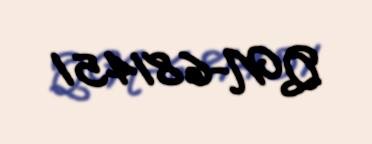
QN-681451